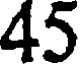
45